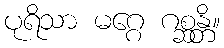
ပုရိသာ မဂ္ဂေ ဂစ္ဆန္တိ။